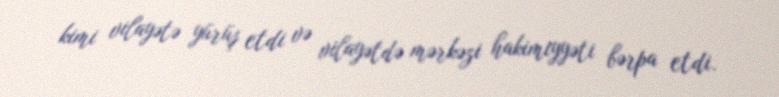
kimi vilayətə yürüş etdi və vilayətdə mərkəzi hakimiyyəti bərpa etdi.